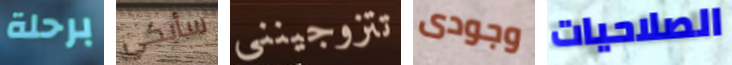
برحلة سأبكي تتزوجينني وجودى الصلاحيات